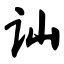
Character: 讪